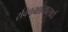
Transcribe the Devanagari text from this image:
रविकक्षाव्यासार्ध